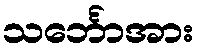
သင်္ဘောအား